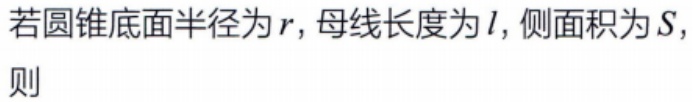
若圆锥底面半径为\(r\)，母线长度为\(l\)，侧面积为\(S\)，则